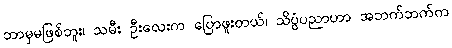
ဘာမှမဖြစ်ဘူး၊ သမီး ဦးလေးက ပြောဖူးတယ်၊ သိပ္ပံပညာဟာ အဘက်ဘက်က